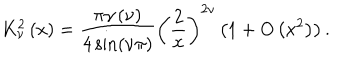
LaTeX: K _ { \nu } ^ { 2 } \left( x \right) = \frac { \pi \gamma \left( \nu \right) } { 4 \sin \left( \nu \pi \right) } \left( \frac { 2 } { x } \right) ^ { 2 \nu } \left( 1 + O \left( x ^ { 2 } \right) \right) .